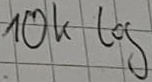
Text: 10k log